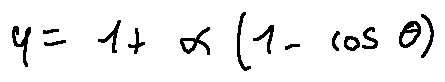
q = 1 + \alpha ( 1 - \cos \theta )